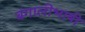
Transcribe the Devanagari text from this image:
बंगालीभाषी